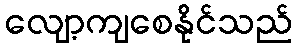
လျော့ကျစေနိုင်သည်